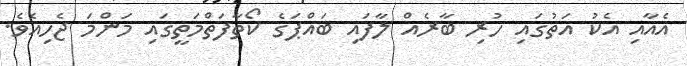
އެއާއި އެކު އަތުގައި ހުރި ބާރެއް ލާފައި ބައްޕަގެ ކޯތާފަތްމަތީގައި މަންމަ ޖެހިއެވެ.